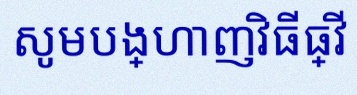
សូមបង្ហាញវិធីធ្វើ